Annual administration and progress report of the Indian Medical Department, Bombay
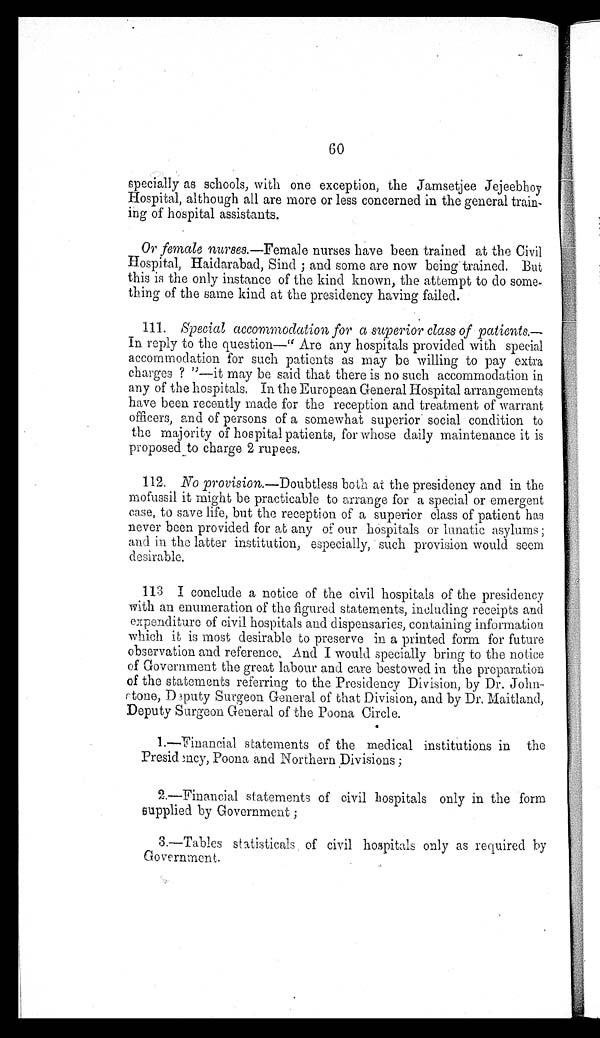
60
specially as schools, with one exception, the Jamsetjee Jejeebhoy
Hospital, although all are more or less concerned in the general train
-
ing of hospital assistants.
Or female nurses .—Female nurses have been trained at the Civil
Hospital, Haidarabad, Sind ; and some are now being trained. But
this is the only instance of the kind known, the attempt to do some
-thing of the same kind at the presidency having failed.
111.
Special accommodation for a superior class of patients
. — I n r e p l y t o t h e q u e s t i o n — " A r e a n y h o s p i t a l s p r o v i d e d w i t h s p e c i a l
accommodation for such patients as may be willing to pay extra
charges ? "—it may be said that there is no such accommodation in
any of the hospitals. In the European General Hospital arrangements
have been recently made for the reception and treatment of warrant
officers, and of persons of a somewhat superior social condition to
the majority of hospital patients, for whose daily maintenance it is
proposed to charge 2 rupees.
112.
No provision.—Doubtless both at the presidency and in the
mofussil it might be practicable to arrange for a special or emergent
case, to save life, but the reception of a superior class of patient has
never been provided for at any of our hospitals or lunatic asylums ;
and in the latter institution, especially, such provision would seem
desirable.
113. I conclude a notice of the civil hospitals of the presidency
with an enumeration of the figured statements, including receipts and
expenditure of civil hospitals and dispensaries, containing information
which it is most desirable to preserve in a printed form for future
observation and reference. And I would specially bring to the notice
of Government the great labour and care bestowed in the preparation
of the statements referring to the Presidency Division, by Dr. John
-stone, Deputy Surgeon General of that Division, and by Dr. Maitland,
Deputy Surgeon General of the Poona Circle.
1.—Financial statements of the medical institutions in the
Presidency, Poona and Northern Divisions ;
2.—Financial statements of civil hospitals only in the form
supplied by Government ;
3.—Tables statisticals of civil hospitals only as required by
Government.